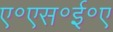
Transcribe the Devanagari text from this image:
ए॰एस॰ई॰ए